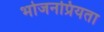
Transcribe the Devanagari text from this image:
भोजनप्रियता